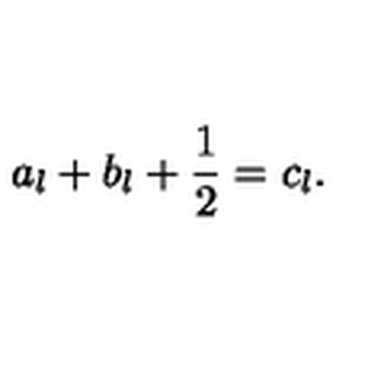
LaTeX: a _ { l } + b _ { l } + { \frac { 1 } { 2 } } = c _ { l } .